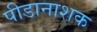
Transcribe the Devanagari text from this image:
पीडानाशक